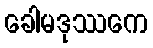
ခေါမဒုဿကေ